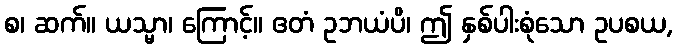
စ၊ ဆက်။ ယသ္မာ၊ ကြောင့်။ ဧတံ ဥဘယံပိ၊ ဤ နှစ်ပါးစုံသော ဥပစယ,